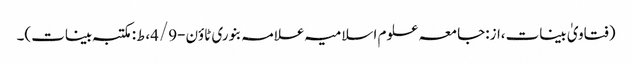
(فتاویٰ بینات،از:جامعہ علوم اسلامیہ علامہ بنوری ٹاؤن-4/9،ط:مکتبہ بینات)۔